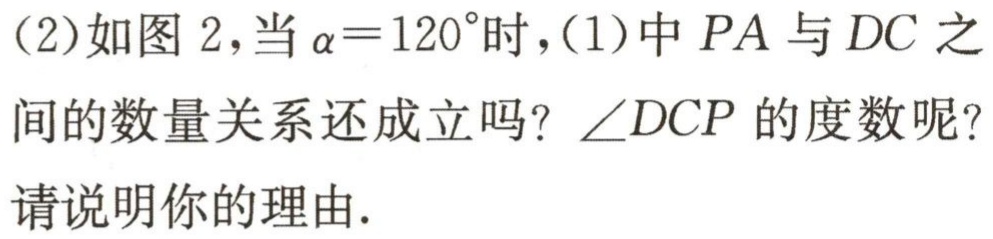
(2)如图 2，当\(\alpha = 120^{\circ}\)时，(1)中\(PA\)与\(DC\)之间的数量关系还成立吗？\(\angle DCP\)的度数呢？请说明你的理由.